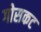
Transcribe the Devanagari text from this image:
गोसकट